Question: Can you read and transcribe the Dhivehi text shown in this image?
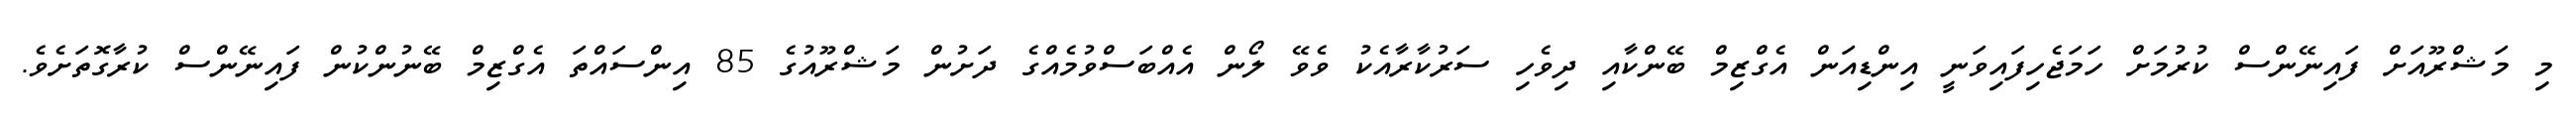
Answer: މި މަޝްރޫއަށް ފައިނޭންސް ކުރުމަށް ހަމަޖެހިފައިވަނީ އިންޑިއަން އެގްޒިމް ބޭންކާއި ދިވެހި ސަރުކާރާއެކު ވެވޭ ލޯން އެއްބަސްވުމެއްގެ ދަށުން މަޝްރޫއުގެ 85 އިންސައްތަ އެގްޒިމް ބޭނުންކުން ފައިނޭންސް ކުރާގޮތަށެވެ.